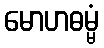
မောဟဓမ္မံ